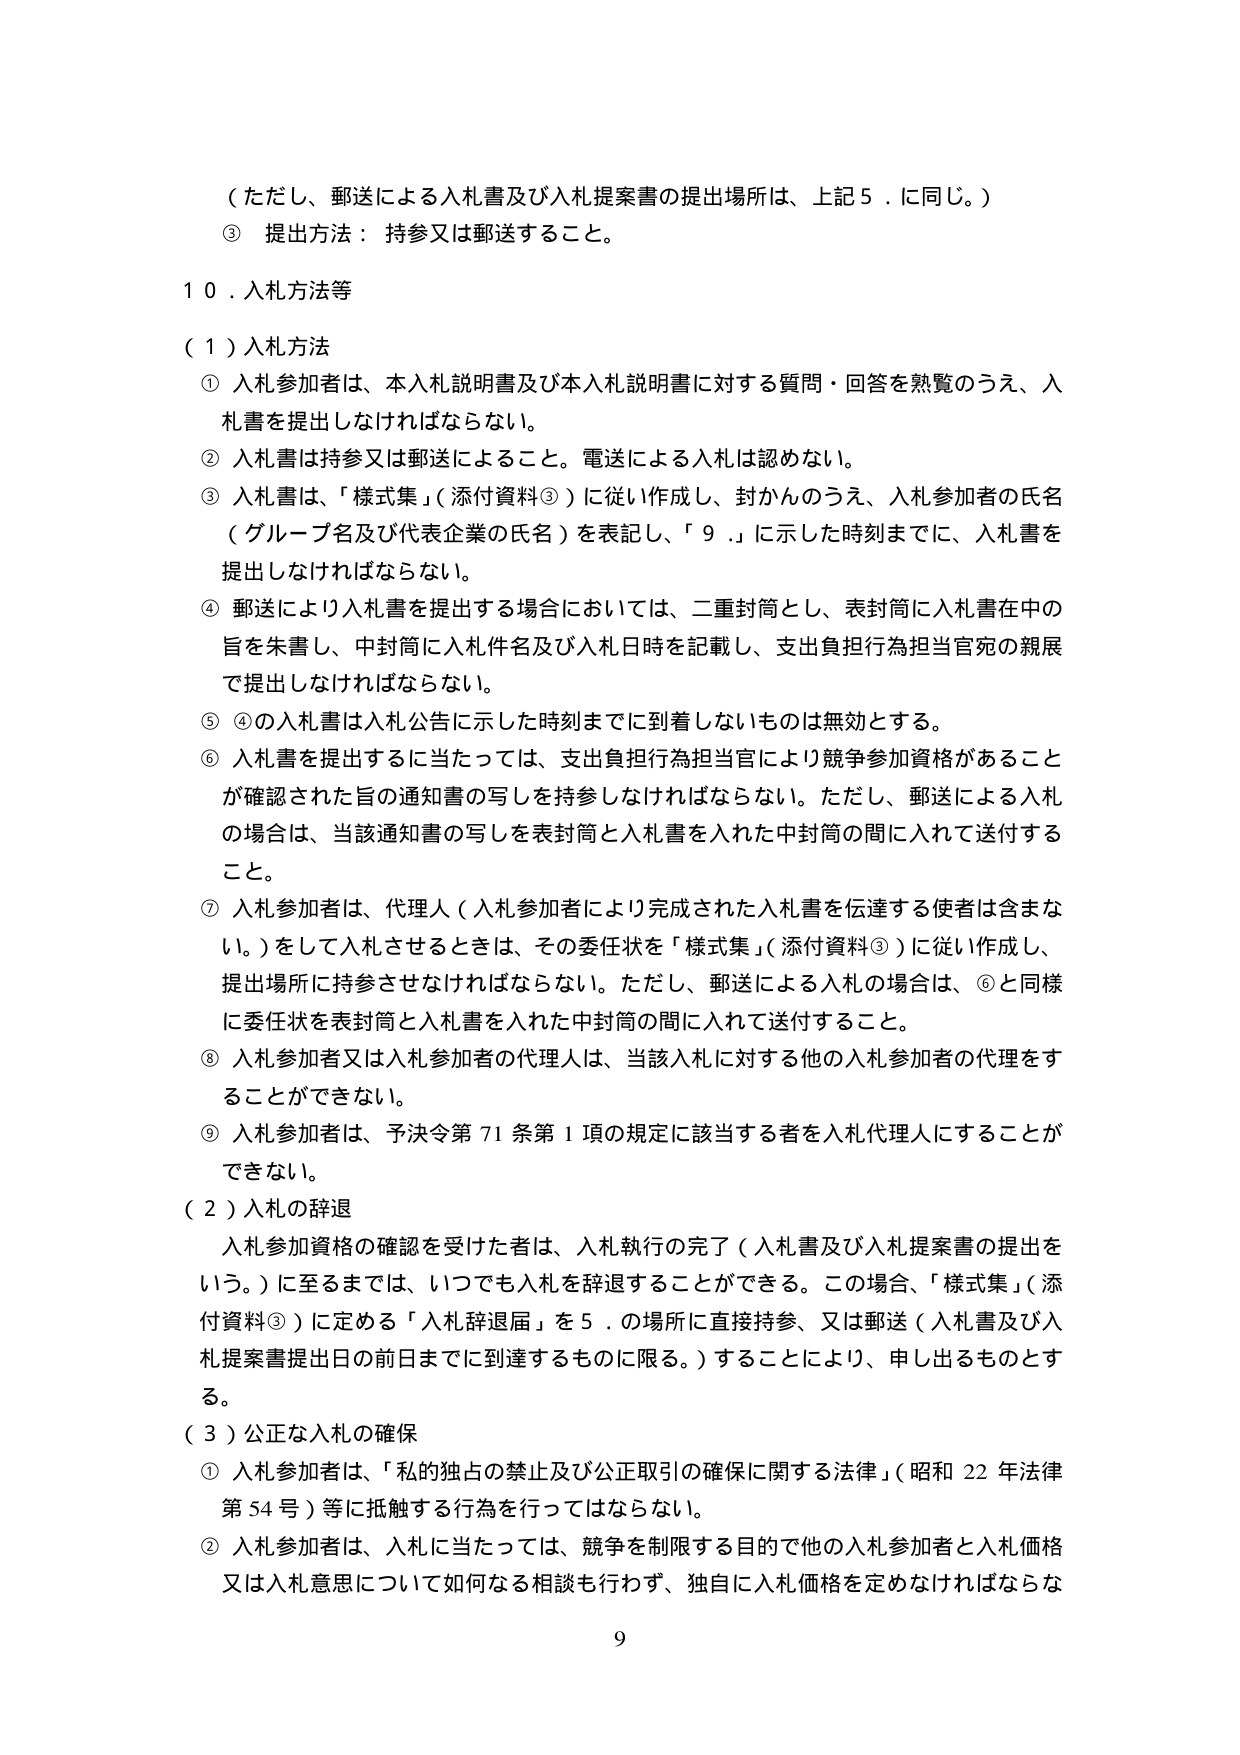
（ただし、郵送による入札書及び入札提案書の提出場所は、上記５．に同じ。）

③ 提出方法： 持参又は郵送すること。

１０．入札方法等

（１）入札方法

① 入札参加者は、本入札説明書及び本入札説明書に対する質問・回答を熟覧のうえ、入札書を提出しなければならない。

② 入札書は持参又は郵送によること。電送による入札は認めない。

③ 入札書は、「様式集」（添付資料③）に従い作成し、封かんのうえ、入札参加者の氏名（グループ名及び代表企業の氏名）を表記し、「９．」に示した時刻までに、入札書を提出しなければならない。

④ 郵送により入札書を提出する場合においては、二重封筒とし、表封筒に入札書在中の旨を朱書し、中封筒に入札件名及び入札日時を記載し、支出負担行為担当官宛の親展で提出しなければならない。

⑤ ④の入札書は入札公告に示した時刻までに到着しないものは無効とする。

⑥ 入札書を提出するに当たっては、支出負担行為担当官により競争参加資格があることが確認された旨の通知書の写しを持参しなければならない。ただし、郵送による入札の場合は、当該通知書の写しを表封筒と入札書を入れた中封筒の間に入れて送付すること。

⑦ 入札参加者は、代理人（入札参加者により完成された入札書を伝達する使者は含まない。）をして入札させるときは、その委任状を「様式集」（添付資料③）に従い作成し、提出場所に持参させなければならない。ただし、郵送による入札の場合は、⑥と同様に委任状を表封筒と入札書を入れた中封筒の間に入れて送付すること。

⑧ 入札参加者又は入札参加者の代理人は、当該入札に対する他の入札参加者の代理をすることができない。

⑨ 入札参加者は、予決令第71条第1項の規定に該当する者を入札代理人にすることはできない。

（２）入札の辞退

入札参加資格の確認を受けた者は、入札執行の完了（入札書及び入札提案書の提出をいう。）に至るまでは、いつでも入札を辞退することができる。この場合、「様式集」（添付資料③）に定める「入札辞退届」を５．の場所に直接持参、又は郵送（入札書及び入札提案書提出日の前日までに到達するものに限る。）することにより、申し出るものとする。

（３）公正な入札の確保

① 入札参加者は、「私的独占の禁止及び公正取引の確保に関する法律」（昭和22年法律第54号）等に抵触する行為を行ってはならない。

② 入札参加者は、入札に当たっては、競争を制限する目的で他の入札参加者と入札価格又は入札意思について如何なる相談も行わず、独自に入札価格を定めなければならない

9